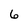
Character: 6